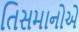
તિસમાનોએ